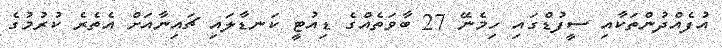
އުފެއްދުންތަކާއި ސީފުޑްގައި ހިމެނޭ 27 ބާވަތެއްގެ ޑިއުޓީ ކަނޑާލައި ޗައިނާއަށް އެތެރެ ކުރުމުގެ